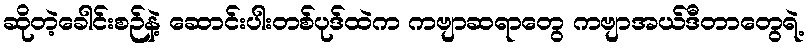
ဆိုတဲ့ခေါင်းစဉ်နဲ့ ဆောင်းပါးတစ်ပုဒ်ထဲက ကဗျာဆရာတွေ ကဗျာအယ်ဒီတာတွေရဲ့